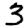
Digit: 3